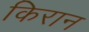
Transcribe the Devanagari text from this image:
किरान